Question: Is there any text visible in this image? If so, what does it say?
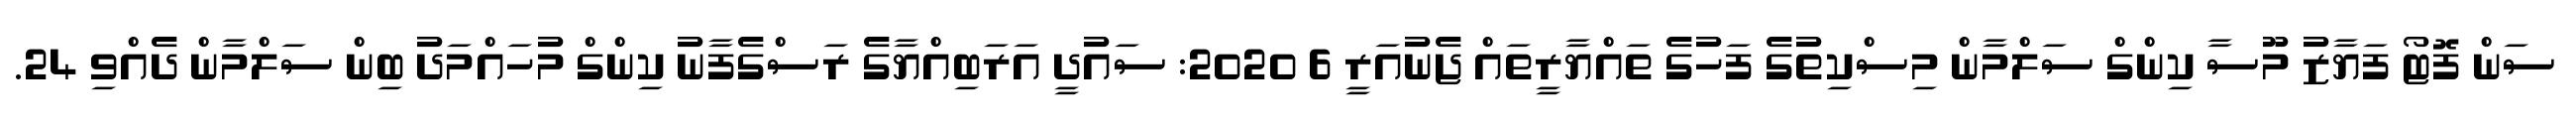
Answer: ސަން ފޮޓޯ ފަޔާޒު މޫސާ ކިންގް ސަލްމާން މިސްކިތުގެ ފަހުގެ ތައްޔާރީތައް ޖެނުއަރީ 6 2020: ސައުދީ އަރަބިއްޔާގެ ރަސްގެފާނު ކިންގް މުހައްމަދު ބިން ސަލްމާން ދެއްވި 24.